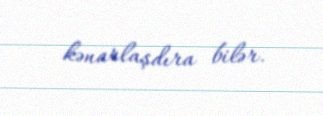
kənarlaşdıra bilər.